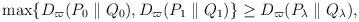
LaTeX: \begin{align*} \begin{aligned} \max\{ D_\varpi(P_0 \parallel Q_0), D_\varpi(P_1 \parallel Q_1) \} \ge D_\varpi(P_\lambda \parallel Q_\lambda), \end{aligned}\end{align*}